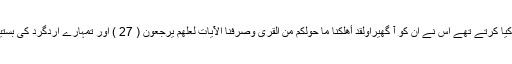
اور جس چیز سے استہزاء کیا کرتے تھے اس نے ان کو آ گھیراوَلَقَدْ أَهْلَكْنَا مَا حَوْلَكُم مِّنَ الْقُرَىٰ وَصَرَّفْنَا الْآيَاتِ لَعَلَّهُمْ يَرْجِعُونَ ( 27 ) اور تمہارے اردگرد کی بستیوں کو ہم نے ہلاک کر دیا۔